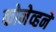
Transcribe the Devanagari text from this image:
कोनेव्हने